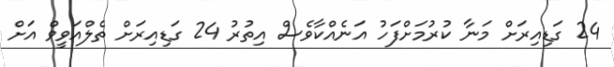
24 ގަޑިއިރަށް މަނާ ކުރުމަށްފަހު އަނެއްކާވެސް އިތުރު 24 ގަޑިއިރަށް ތެލްއަވީވް އަށް